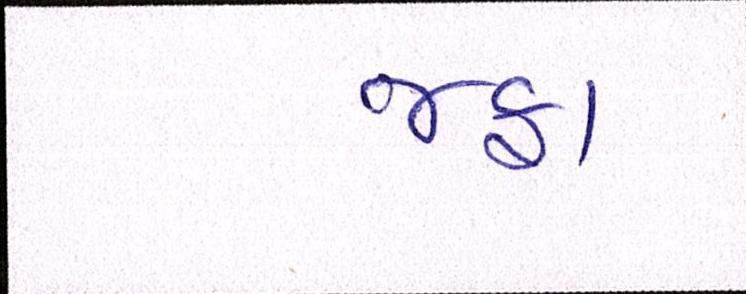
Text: જફા